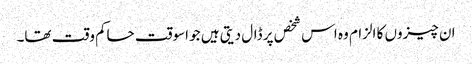
ان چیزوں کا الزام وہ اس شخص پر ڈال دیتی ہیں‌ جو اسوقت حاکم وقت تھا۔